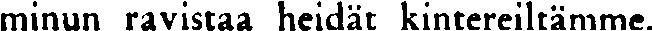
minun ravistaa heidät kintereiltämme.